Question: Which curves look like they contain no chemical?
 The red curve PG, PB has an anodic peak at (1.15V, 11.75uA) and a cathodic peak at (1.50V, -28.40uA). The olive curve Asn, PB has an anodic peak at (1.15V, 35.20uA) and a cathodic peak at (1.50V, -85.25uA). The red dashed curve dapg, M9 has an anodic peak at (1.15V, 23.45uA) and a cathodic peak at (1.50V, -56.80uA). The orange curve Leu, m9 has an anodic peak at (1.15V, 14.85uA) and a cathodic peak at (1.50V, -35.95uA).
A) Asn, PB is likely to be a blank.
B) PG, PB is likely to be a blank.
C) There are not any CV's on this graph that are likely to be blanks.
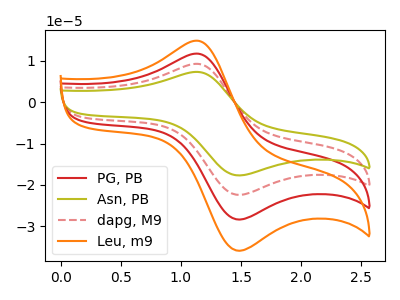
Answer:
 <answer>C) There are not any CV's on this graph that are likely to be blanks.</answer>
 <eval>C</eval>